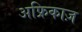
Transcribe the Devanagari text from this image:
अफ्रिकाज़